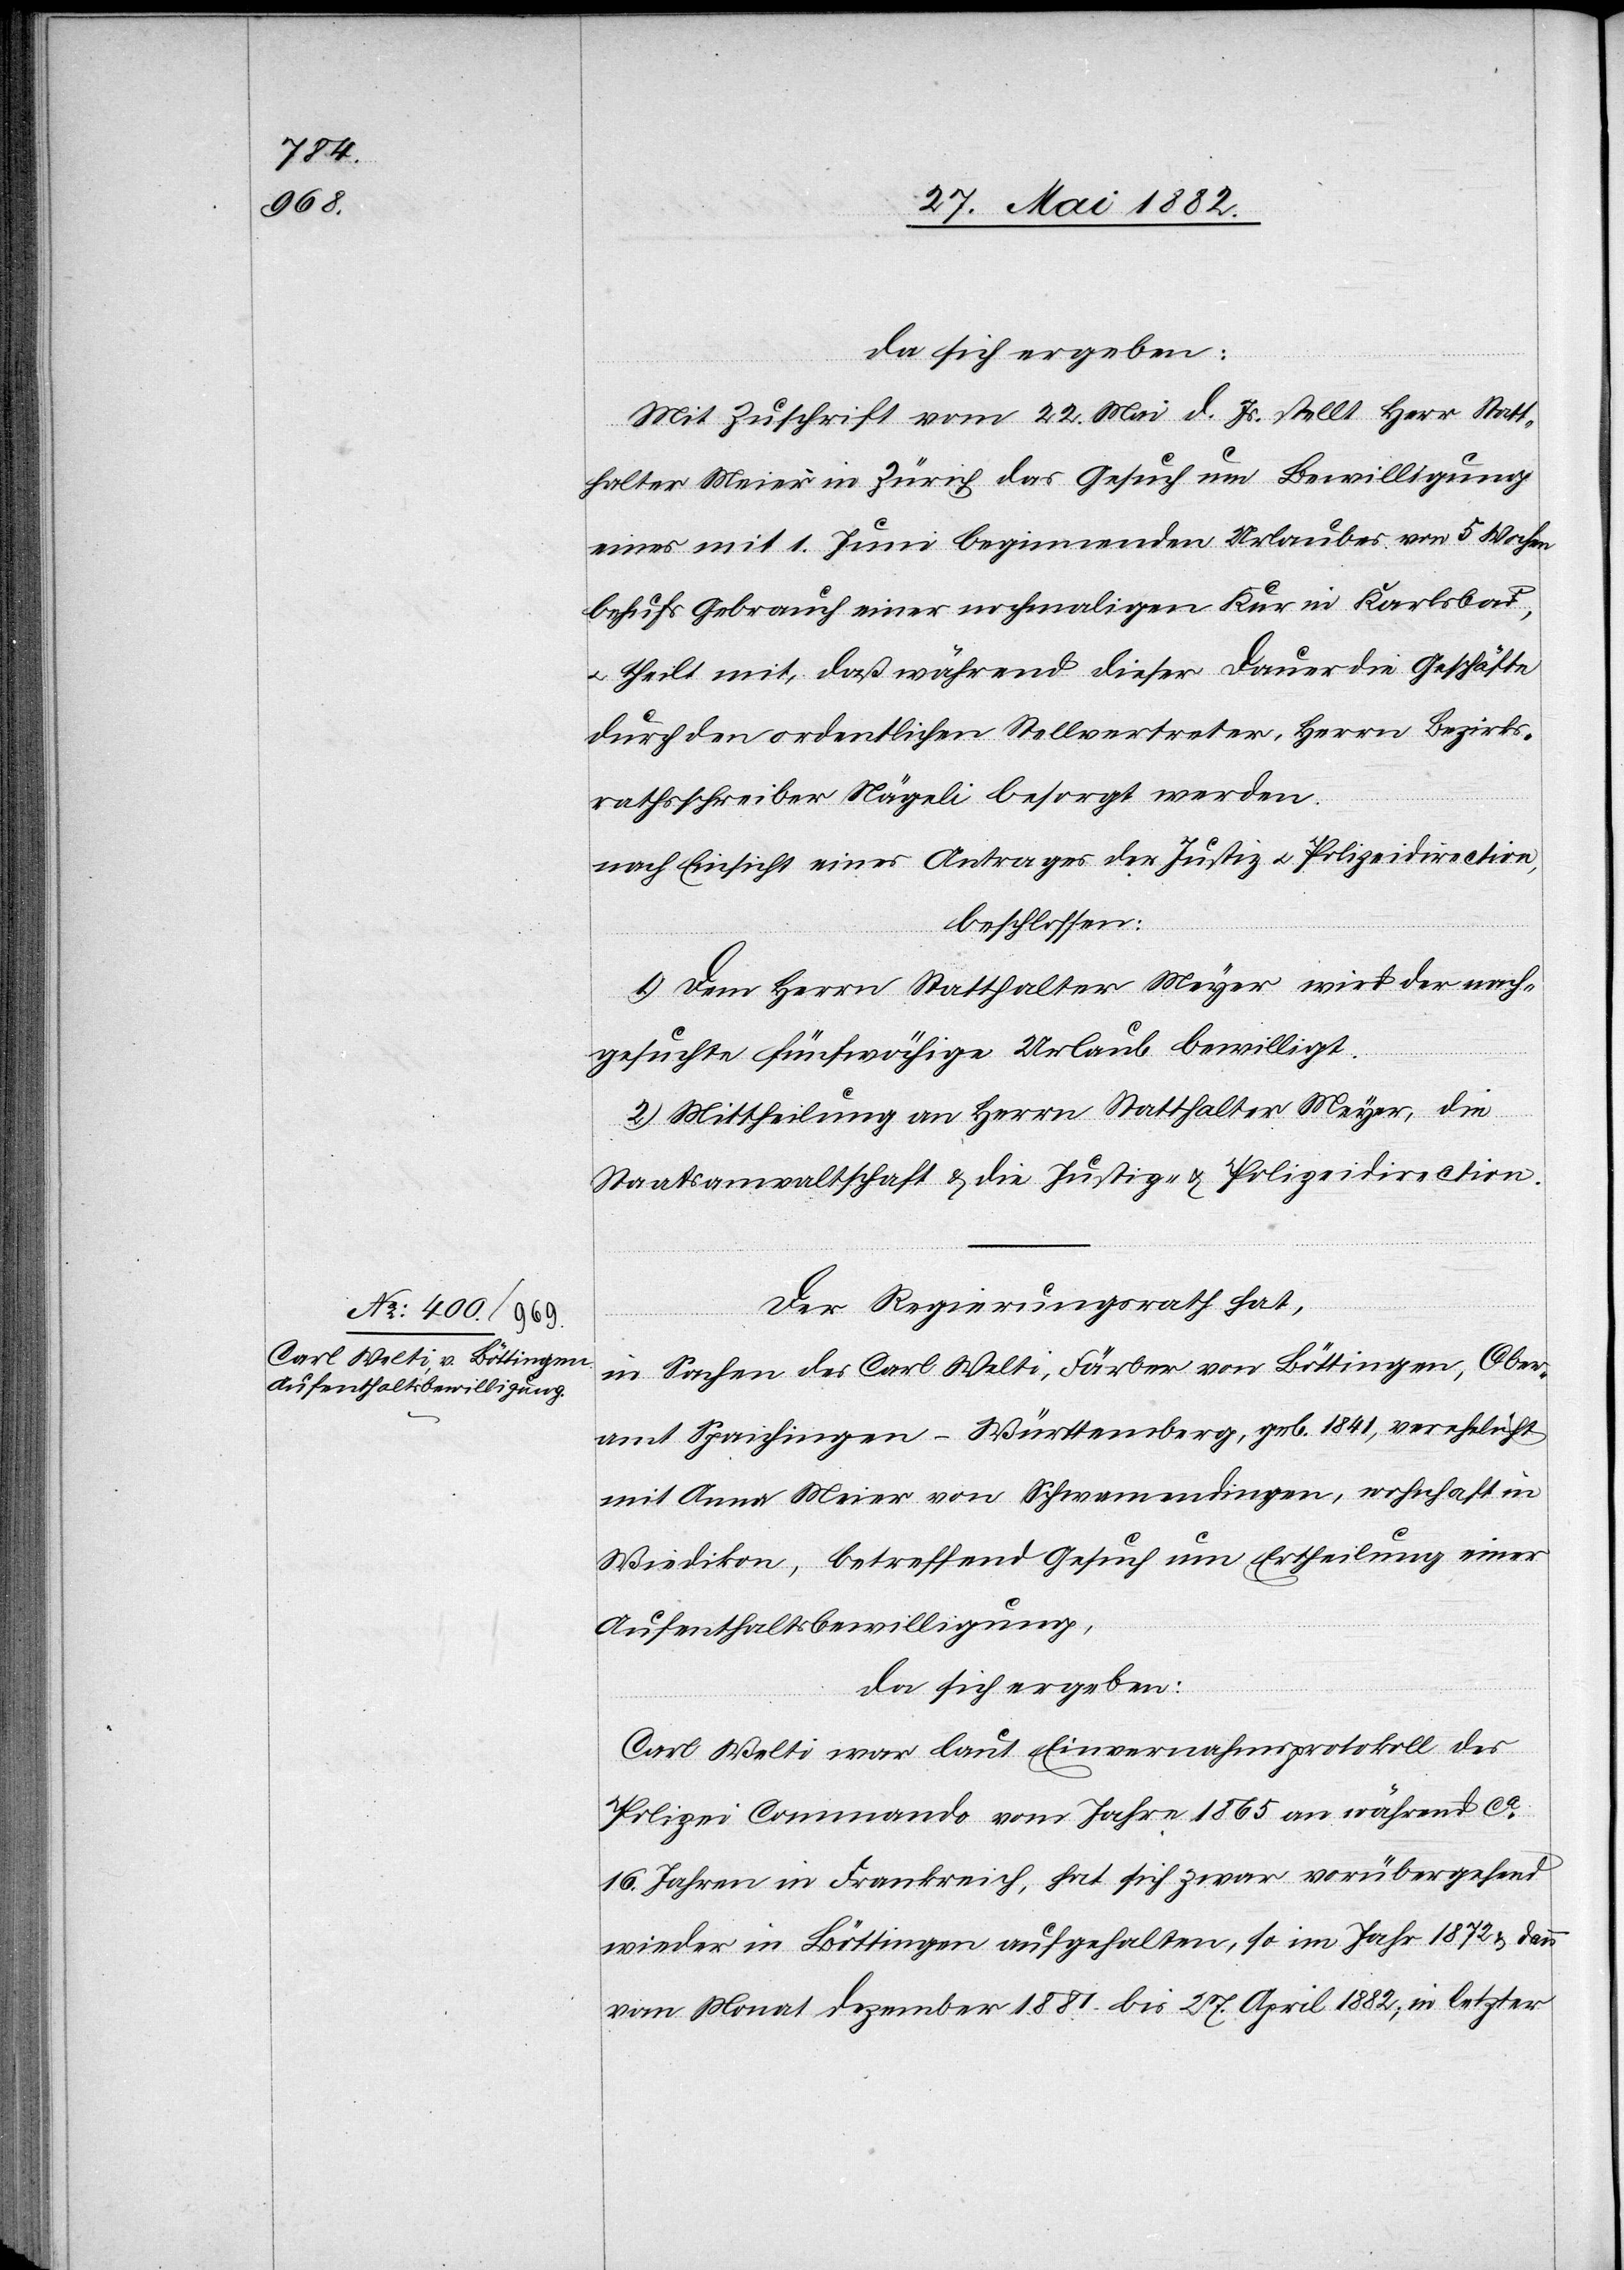
da sich ergeben:
Mit Zuschrift vom 22. Mai d. Js. stellt Herr Statt¬
halter Meier in Zürich das Gesuch um Bewilligung
eines mit 1. Juni beginnenden Urlaubes von 5 Wochen
behufs Gebrauch einer nochmaligen Kur in Karlsbad,
u. theilt mit, daß während dieser Dauer die Geschäfte
durch den ordentlichen Stellvertreter, Herr Bezirks¬
rathsschreiber Nägeli besorgt werden.
nach Einsicht eines Antrages der Justiz[-] u. Polizeidirection,
beschlossen:
1) Dem Herrn Statthalter Meyer [sic!] wird der nach¬
gesuchte fünfwöchige Urlaub bewilligt.
2) Mittheilung an Herrn Statthalter Meyer, die
Staatsanwaltschaft & die Justiz- & Polizeidirection.
Der Regierungsrath hat,
in Sachen des Carl Welti, Färber von Böttingen, Ober¬
amt Spaichingen - Württemberg, geb. 1841, verehelicht
mit Anna Meier von Schwamendingen, wohnhaft in
Wiedikon, betreffend Gesuch um Ertheilung einer
Aufenthaltsbewilligung,
da sich ergeben:
Carl Welti war laut Einvernahmsprotokoll des
Polizei[-]Commando vom Jahre 1865 an während ca
16 Jahren in Frankreich, hat sich zwar vorübergehend
wieder in Böttingen aufgehalten, so im Jahr 1872 & dann
vom Monat Dezember 1881 bis 27. April 1882, in letzter